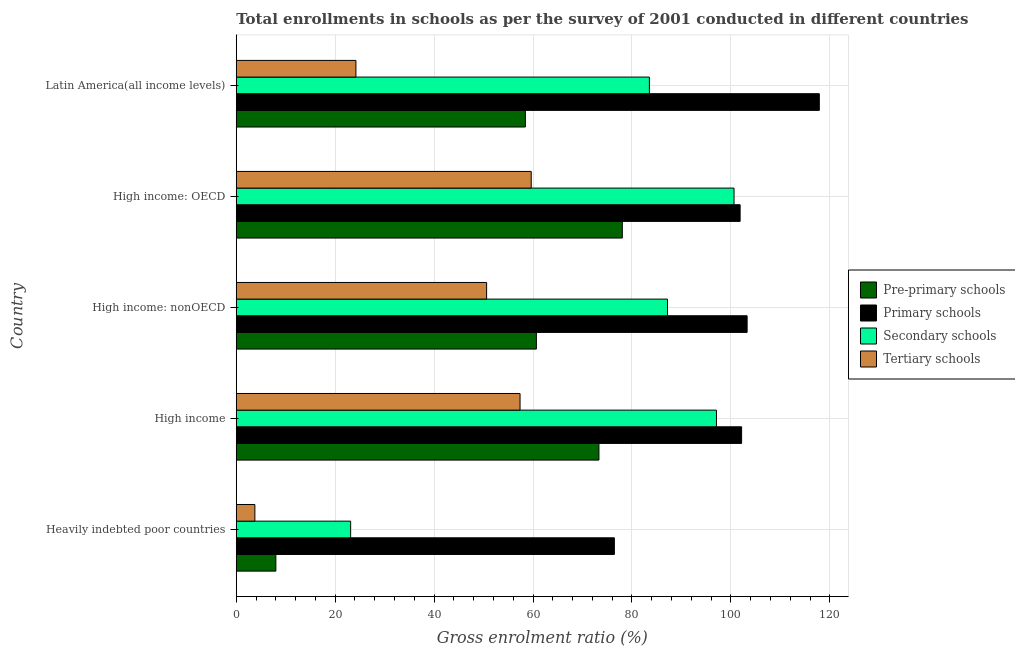
| Country | Pre-primary schools | Primary schools | Secondary schools | Tertiary schools |
 | --- | --- | --- | --- | --- |
 | Heavily indebted poor countries | 8.01 | 76.4 | 23.1 | 3.76 |
 | High income | 73.3 | 102 | 97.1 | 57.4 |
 | High income: nonOECD | 60.7 | 103 | 87.2 | 50.6 |
 | High income: OECD | 78.1 | 102 | 101 | 59.6 |
 | Latin America(all income levels) | 58.5 | 118 | 83.5 | 24.2 |